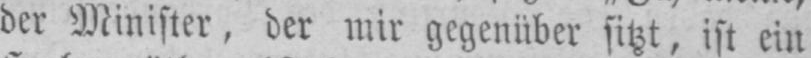
der Minister, der mir gegenüber sitzt, ist ein